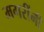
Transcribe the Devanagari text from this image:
मगरींनी